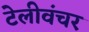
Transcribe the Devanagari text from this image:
टेलीवंचर